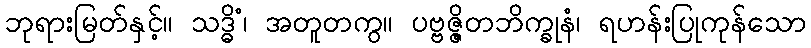
ဘုရားမြတ်နှင့်။ သဒ္ဓိံ၊ အတူတကွ။ ပဗ္ဗဇ္ဇိတဘိက္ခုနံ၊ ရဟန်းပြုကုန်သော